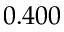
0 . 4 0 0